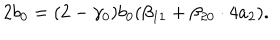
LaTeX: 2 b _ { 0 } = ( 2 - \gamma _ { 0 } ) b _ { 0 } ( \beta _ { 1 1 } + \beta _ { 2 0 } \cdot 4 a _ { 2 } ) .